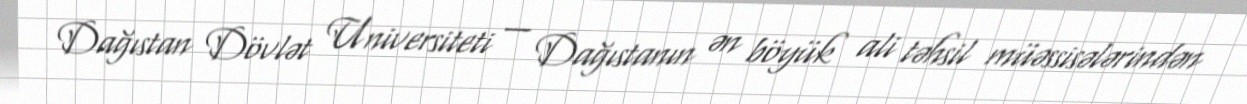
Dağıstan Dövlət Universiteti — Dağıstanın ən böyük ali təhsil müəssisələrindən